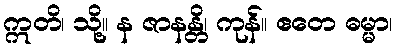
ဣတိ၊ သို့။ န ဇာနန္တိ၊ ကုန်။ ဧတေ ဓမ္မာ၊